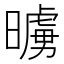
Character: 𭧷